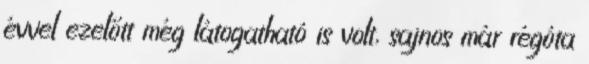
évvel ezelőtt még látogatható is volt, sajnos már régóta